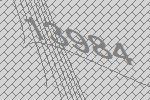
13984